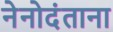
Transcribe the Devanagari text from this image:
नेनोदंताना